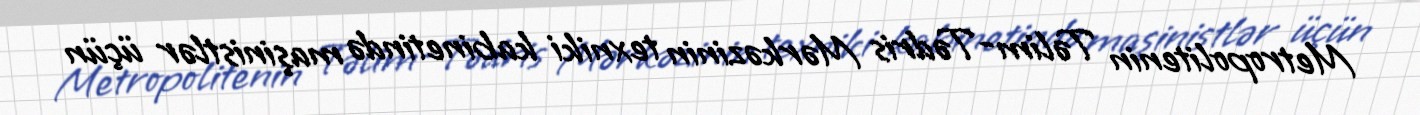
Metropolitenin Təlim-Tədris Mərkəzinin texniki kabinetində maşinistlər üçün